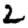
Digit: 2